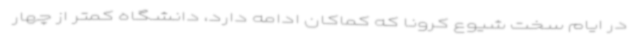
در ایام سخت شیوع کرونا که کماکان ادامه دارد، دانشگاه کمتر از چهار